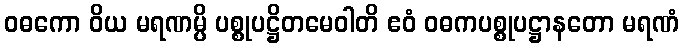
ဝဓကော ဝိယ မရဏမ္ပိ ပစ္စုပဋ္ဌိတမေဝါတိ ဧဝံ ဝဓကပစ္စုပဋ္ဌာနတော မရဏံ